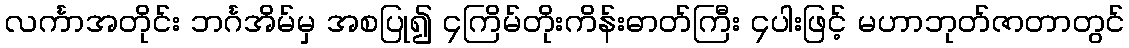
လင်္ကာအတိုင်း ဘင်္ဂအိမ်မှ အစပြု၍ ၄ကြိမ်တိုးကိန်းဓာတ်ကြီး ၄ပါးဖြင့် မဟာဘုတ်ဇာတာတွင်